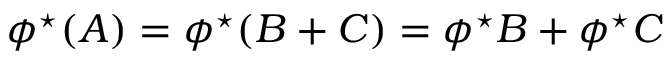
\phi ^ { \star } ( A ) = \phi ^ { \star } ( B + C ) = \phi ^ { \star } B + \phi ^ { \star } C